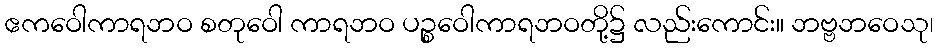
ဧကဝေါကာရဘဝ စတုဝေါ ကာရဘဝ ပဉ္စဝေါကာရဘဝတို့၌ လည်းကောင်း။ ဘဗ္ဗဘဝေသု၊